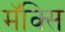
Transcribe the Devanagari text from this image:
मॅक्सि